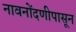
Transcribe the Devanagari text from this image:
नावनोंदणीपासून